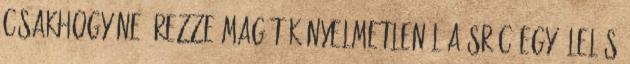
csakhogy ne érezze magát kényelmetlenül a srác egy ölelés